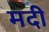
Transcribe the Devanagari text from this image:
मदी